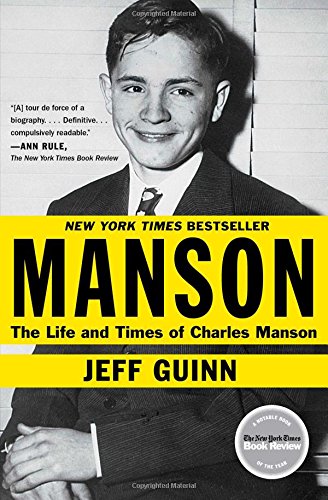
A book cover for Manson: The Life and Times of Charles Manson; Jeff Guinn; Biographies & Memoirs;